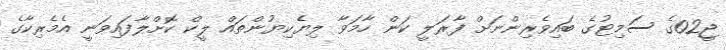
ޖީ02ގެ ސަމިޓުގެ ބައިވެރިންނަށް ފާރަލީ ކަން ހާމަވާ ލިޔެކިޔުންތައް ލީކް ކޮށްލާފައިވަނީ އެމެރިކާގެ